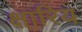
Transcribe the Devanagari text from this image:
क्षारिय